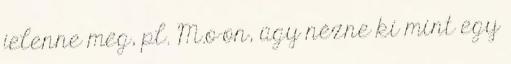
jelenne meg, pl. M.o-on, úgy nézne ki mint egy